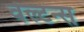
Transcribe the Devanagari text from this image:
वेल्टन्स